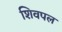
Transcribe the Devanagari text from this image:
शिवपल